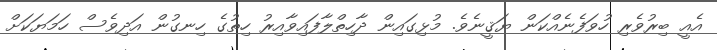
އެއީ ބިރުވެރި ހުވަފެނެއްކަން ޔަޤީނެވެ. މުޅިގައިން ދާހިތްލާފައިވާއިރު ހިތުގެ ހިނގުން އަދިވެސް ހަމަޔަކަށް